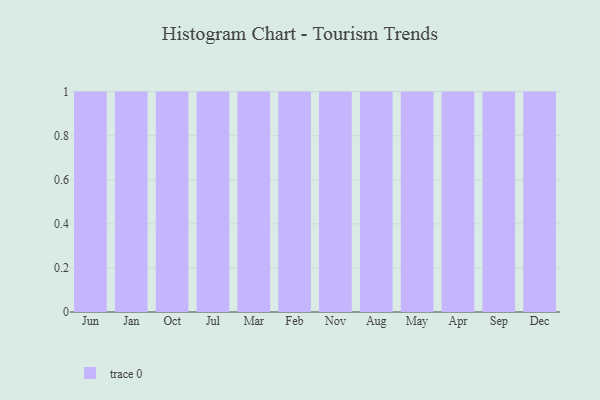
{"axis": {"x": "Month", "y": "Bounce Rate (%)"}, "legend": [""], "data": [{"x": "Jun", "y": 95, "type": ""}, {"x": "Jan", "y": 6, "type": ""}, {"x": "Oct", "y": 90, "type": ""}, {"x": "Jul", "y": 4, "type": ""}, {"x": "Mar", "y": 2, "type": ""}, {"x": "Feb", "y": 39, "type": ""}, {"x": "Nov", "y": 60, "type": ""}, {"x": "Aug", "y": 48, "type": ""}, {"x": "May", "y": 73, "type": ""}, {"x": "Apr", "y": 37, "type": ""}, {"x": "Sep", "y": 9, "type": ""}, {"x": "Dec", "y": 71, "type": ""}]}